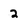
Character: 2